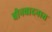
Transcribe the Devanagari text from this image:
बीनवादनात